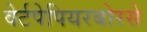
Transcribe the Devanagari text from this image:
वेर्टपेपियरबोरसे